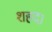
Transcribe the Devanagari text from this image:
शहद।